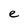
Character: e